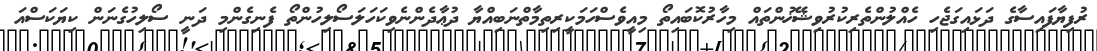
ރުފިޔާފައިސާގެ ދަޅައިގަޖެހި ހެއްލުންތެރިކުރުވިޝޭޚުންތައް މިހާރުކޮބައިތޯ މިއީވެސްހަމަކީރިތިމާތްނަބިއްޔާ ދުޢާދެންނެވިކަހަލަސޯލިހުންތޯ ފެނިގެންމި ދަނީ ސޯލިހުގެނަން ކިޔަކަސްއަ